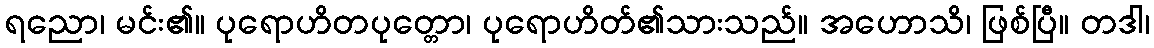
ရညော၊ မင်း၏။ ပုရောဟိတပုတ္တော၊ ပုရောဟိတ်၏သားသည်။ အဟောသိ၊ ဖြစ်ပြီ။ တဒါ၊